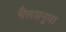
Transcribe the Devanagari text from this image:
थैलसनुमा